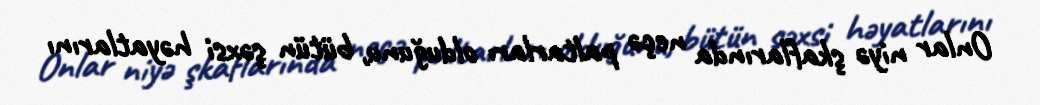
Onlar niyə şkaflarında neçə paltarları olduğunu, bütün şəxsi həyatlarını